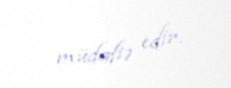
müdafiə edir.